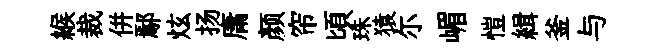
緱裁併鄢炫扬庸颜帘頃珠猿尓嵋愷緝釜与